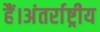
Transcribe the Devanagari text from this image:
हैं।अंतर्राष्ट्रीय